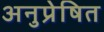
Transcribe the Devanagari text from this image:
अनुप्रेषित